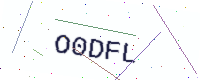
Text: O0DFL